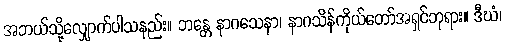
အဘယ်သို့လျှောက်ပါသနည်း။ ဘန္တေ နာဂသေနာ၊ နာဂသိန်ကိုယ်တော်အရှင်ဘုရား။ ဒီဃံ၊